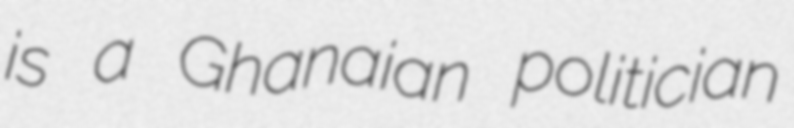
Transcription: is a Ghanaian politician